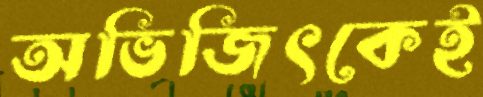
অভিজিৎকেই